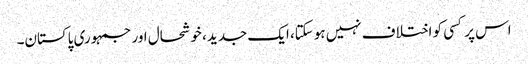
اس پر کسی کو اختلاف نہیں ہوسکتا، ایک جدید، خوشحال اور جمہوری پاکستان۔